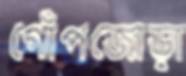
গোঁপজোড়া